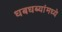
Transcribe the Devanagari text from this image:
धबधब्यांमध्ये